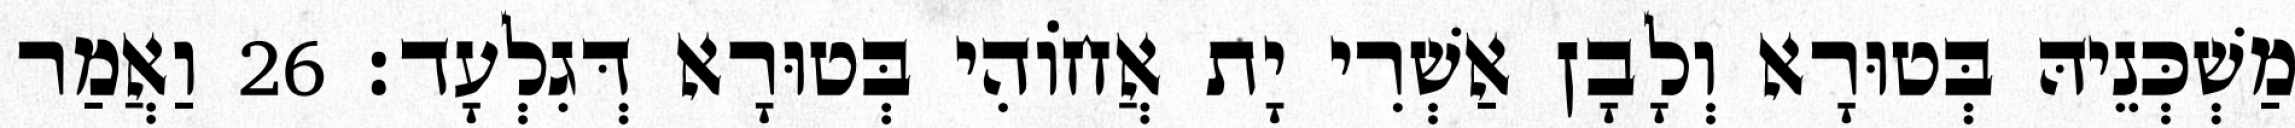
מַשְׁכְּנֵיהּ בְּטוּרָא וְלָבָן אַשְׁרִי יָת אֲחוֹהִי בְּטוּרָא דְּגִלְעָד׃ 26 וַאֲמַר